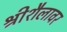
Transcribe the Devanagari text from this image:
श्रीशैलावर